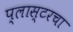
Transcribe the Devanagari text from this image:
प्लास्टरचा